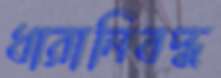
ধারানিবদ্ধ